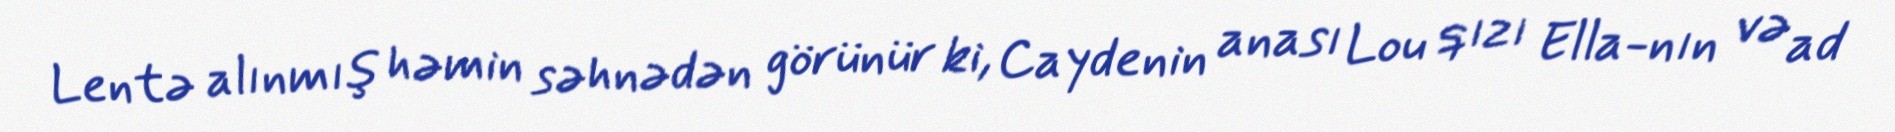
Lentə alınmış həmin səhnədən görünür ki, Caydenin anası Lou qızı Ella-nın və ad